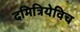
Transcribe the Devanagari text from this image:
दमित्रियेविच